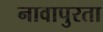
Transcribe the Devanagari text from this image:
नावापुरता